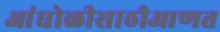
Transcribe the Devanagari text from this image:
आंघोळीसाठीआणत